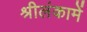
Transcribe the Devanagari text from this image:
श्रीलंकामें